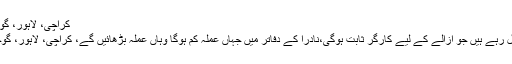
کراچی، لاہور، گوجرانوالہ، پشاور ، کوئٹہ میں بڑے سینٹر قائم کریں گے
شکایات کے ازالے کے لیے نادرا ہیلپ لائن سینٹر کھول رہے ہیں جو ازالے کے لیے کارگر ثابت ہوگی،نادرا کے دفاتر میں جہاں عملہ کم ہوگا وہاں عملہ بڑھائیں گے، کراچی، لاہور، گوجرانوالہ، پشاور ، کوئٹہ میں بڑے سینٹر قائم کریں گے۔